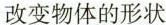
改变物体的形状